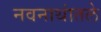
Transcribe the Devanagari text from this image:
नवनाथांतले